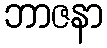
ဘာဇနာ